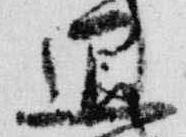
退